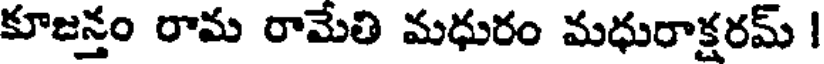
కూజన్తం రామ రామేతి మధురం మధురాక్షరమ్ |